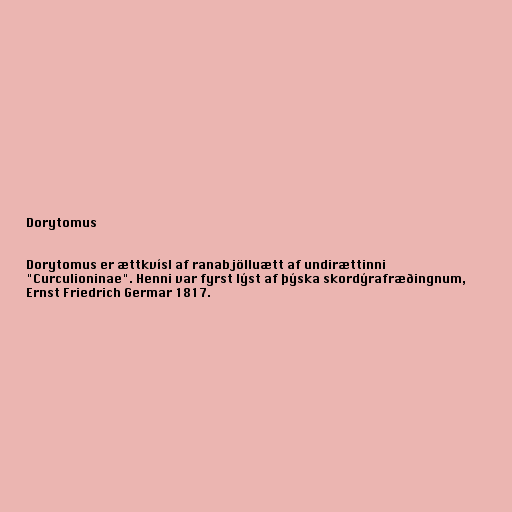
Dorytomus

Dorytomus er ættkvísl af ranabjölluætt af undirættinni
"Curculioninae". Henni var fyrst lýst af þýska skordýrafræðingnum,
Ernst Friedrich Germar 1817.